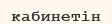
кабинетін